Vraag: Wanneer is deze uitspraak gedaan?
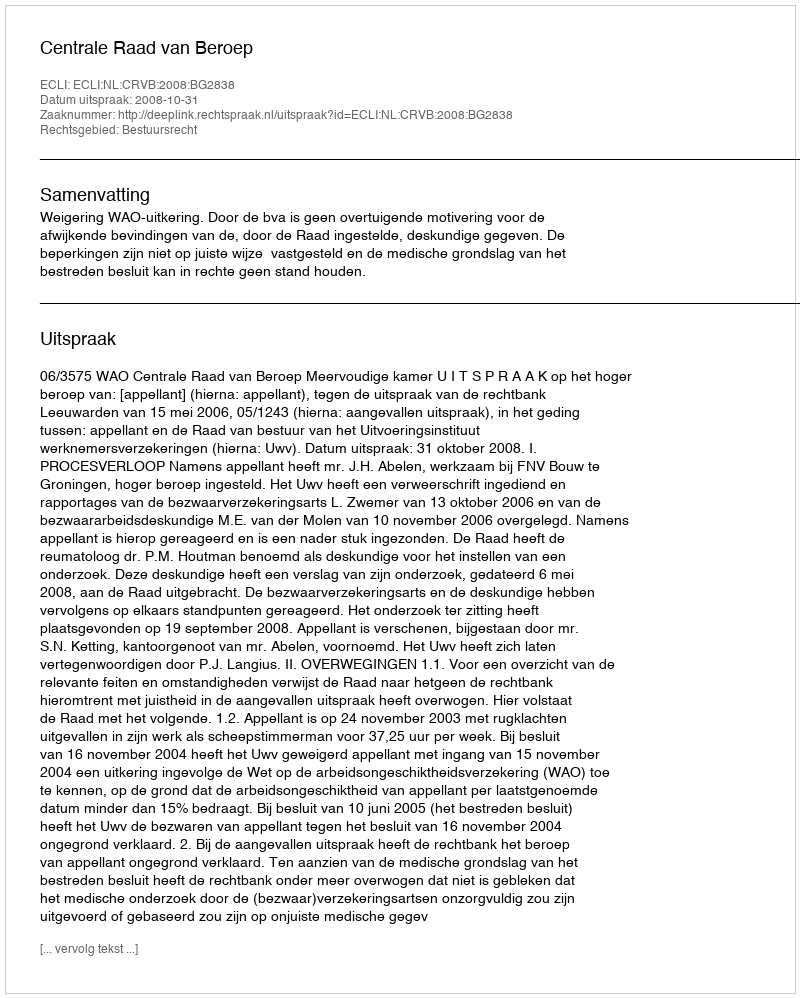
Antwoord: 2008-10-31